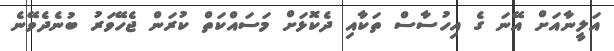
އަލީނާއަށް އޭނަ ގެ އިހުސާސް ތަކާއި ދެކޮޅަށް މަސައްކަތް ކުރަން ޖެހޭވަރު ބުނެދެވޭނެ